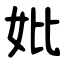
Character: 妣